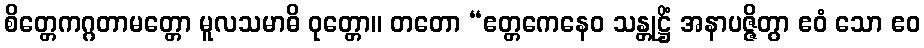
စိတ္တေကဂ္ဂတာမတ္တော မူလသမာဓိ ဝုတ္တော။ တတော “ဧတ္တကေနေဝ သန္တုဋ္ဌိံ အနာပဇ္ဇိတွာ ဧဝံ သော ဧဝ